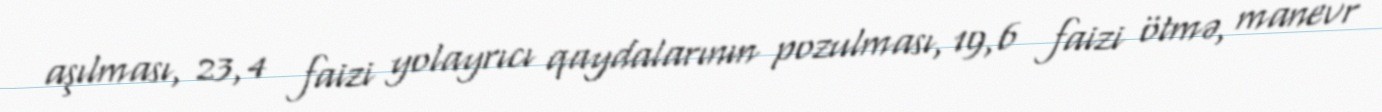
aşılması, 23,4 faizi yolayrıcı qaydalarının pozulması, 19,6 faizi ötmə, manevr